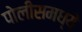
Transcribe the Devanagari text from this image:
पोलीसमध्ये